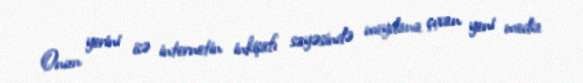
Onun yerini isə internetin inkişafı sayəsində meydana çıxan yeni media